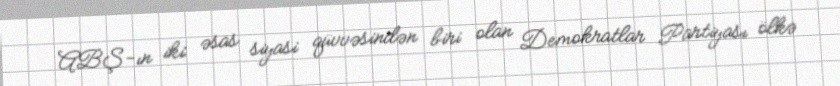
ABŞ-ın iki əsas siyasi qüvvəsindən biri olan Demokratlar Partiyası ölkə